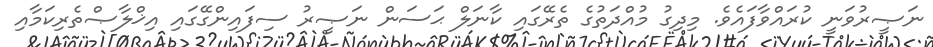
ނަޞީރުވަނީ ކުރައްވާފައެވެ. މިދިގު މުއްދަތުގެ ތެރޭގައި ކާނަލް ޙަސަން ނަޞީރު ސިފައިންގޭގައި އިޚްލާޞްތެރިކަމާއި